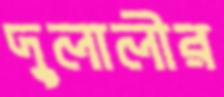
দুলালীর